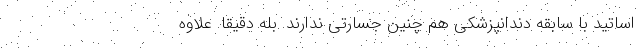
اساتید با سابقه دندانپزشکی هم چنین جسارتی ندارند. بله دقیقا. علاوه